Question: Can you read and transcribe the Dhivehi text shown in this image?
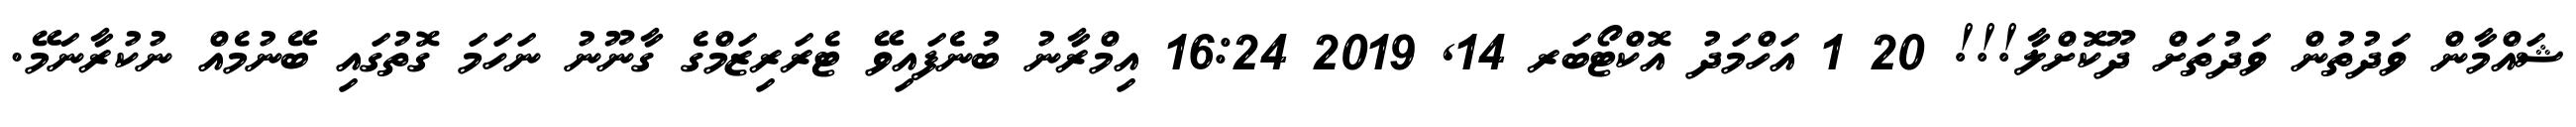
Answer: ޝައްމާން ވަދުތުން ވަދުތަށް ދޫކޮށްލާ!!! 20 1 އަހްމަދު އޮކްޓޯބަރ 14, 2019 16:24 އިމްރާނު ބުނެފައިވޭ ޓެރަރިޒަމްގެ ގާނޫނު ނަހަމަ ގޮތުގައި ބޭނުމެއް ނުކުރާނަމޭ.